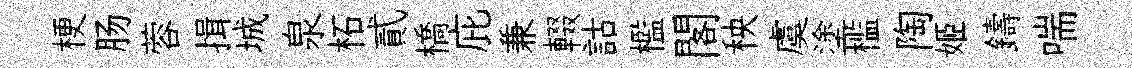
梗肠蓉揖城泉柘貳橋庇兼輟詁檻閣秧虞塗槛陶姬鑄喘